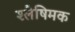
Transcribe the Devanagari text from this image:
श्लेषिमक